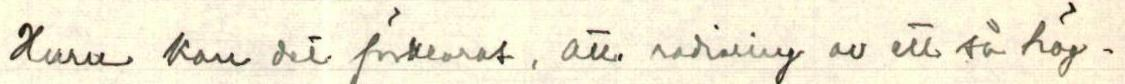
Huru kan det förklaras, att radioring av ett så hög-